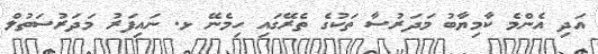
އަދި އެންމެ ކާމިޔާބު މަދަރުސާ ތަކުގެ ތެރޭގައި ހިމެނޭ ޅ. ނައިފަރު މަދަރުސަތުލް